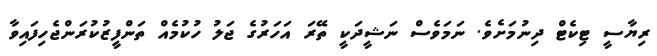
ރިޔާސީ ޓިކެޓް ދިނުމަށެވެ. ނަމަވެސް ނަޝީދަކީ ތޭރަ އަހަރުގެ ޖަލު ހުކުމެއް ތަންފީޒުކުރަންޖެހިފައިވާ